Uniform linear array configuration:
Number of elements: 64
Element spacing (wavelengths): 0.5
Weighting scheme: cosine
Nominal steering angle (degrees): -60
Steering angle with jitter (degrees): -60.047
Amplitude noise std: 0.05
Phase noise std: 0.05

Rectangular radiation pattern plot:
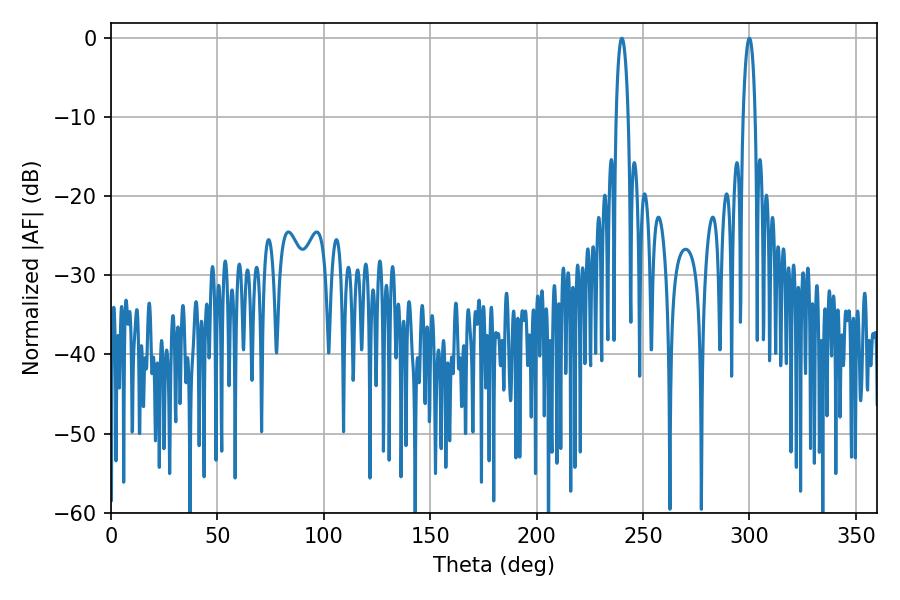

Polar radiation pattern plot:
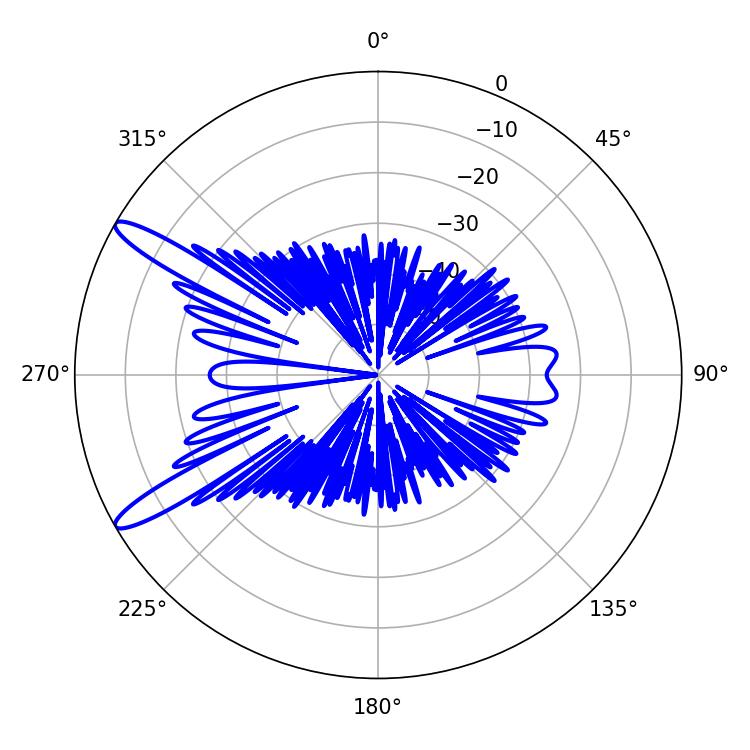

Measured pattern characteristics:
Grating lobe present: FALSE
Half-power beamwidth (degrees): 3.24
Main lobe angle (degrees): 299.88